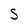
Character: S